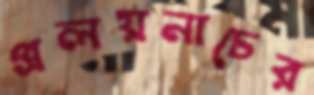
প্রলয়নাচের